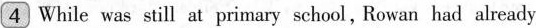
4 While was still at primary school ,Rowan had already